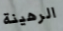
الرهينة